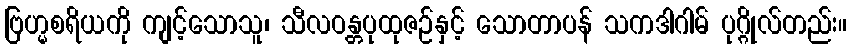
ဗြဟ္မစရိယကို ကျင့်သောသူ၊ သီလဝန္တပုထုဇဉ်နှင့် သောတာပန် သကဒါဂါမ် ပုဂ္ဂိုလ်တည်း။